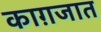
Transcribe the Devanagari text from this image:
काग़जात